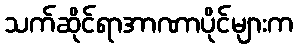
သက်ဆိုင်ရာအာဏာပိုင်များက